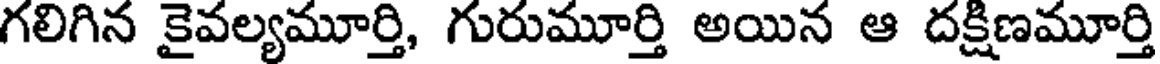
గలిగిన కైవల్యమూర్తి, గురుమూర్తి అయిన ఆ దక్షిణమూర్తి